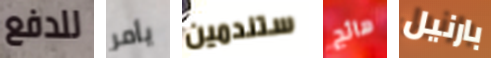
للدفع يأمر ستندمين هائج بارنيل